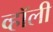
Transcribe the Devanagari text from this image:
व्हॉली